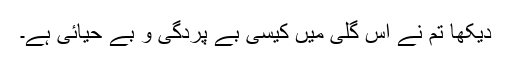
دیکھا تم نے اس گلی میں کیسی بے پردگی و بے حیائی ہے۔